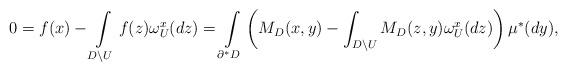
LaTeX: \begin{align*}0=f(x)-\int\limits_{D\setminus U}f(z)\omega_U^x(dz)=\int\limits_{\partial^* D}\left(M_D(x,y)-\int_{D\setminus U} M_D(z, y)\omega_U^x(dz)\right)\mu^*(dy),\end{align*}